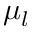
\mu _ { l }